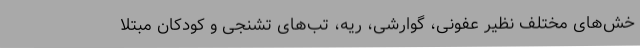
خش‌های مختلف نظیر عفونی، گوارشی، ریه، تب‌های تشنجی و کودکان مبتلا